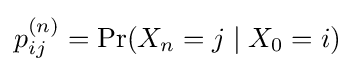
p_{ij}^{(n)}=\Pr(X_{n}=j\mid X_{0}=i)